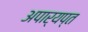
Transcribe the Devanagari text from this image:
अपार्यप्त